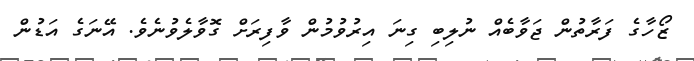
ޒޯހާގެ ފަރާތުން ޖަވާބެއް ނުލިބި ގިނަ އިރުވުމުން ވާފިރަށް ގޮވާލެވުނެވެ. އޭނަގެ އަޑުން